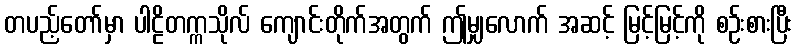
တပည့်တော်မှာ ပါဠိတက္ကသိုလ် ကျောင်းတိုက်အတွက် ဤမျှလောက် အဆင့် မြင့်မြင့်ကို စဉ်းစားပြီး